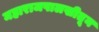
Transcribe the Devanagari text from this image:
महाराजपालखीतून